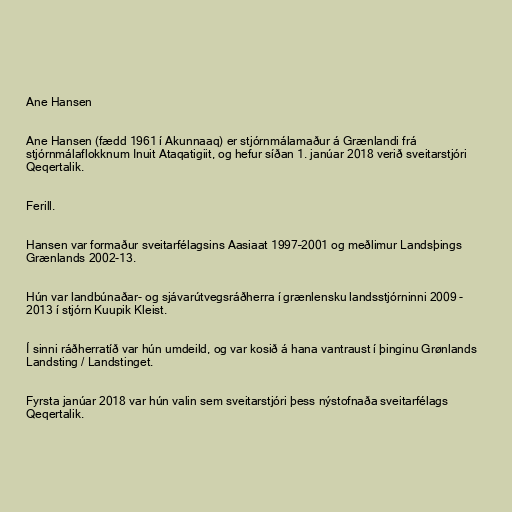
Ane Hansen

Ane Hansen (fædd 1961 í Akunnaaq) er stjórnmálamaður á Grænlandi frá
stjórnmálaflokknum Inuit Ataqatigiit, og hefur síðan 1. janúar 2018 verið sveitarstjóri
Qeqertalik.

Ferill.

Hansen var formaður sveitarfélagsins Aasiaat 1997–2001 og meðlimur Landsþings
Grænlands 2002-13.

Hún var landbúnaðar- og sjávarútvegsráðherra í grænlensku landsstjórninni 2009 -
2013 í stjórn Kuupik Kleist.

Í sinni ráðherratíð var hún umdeild, og var kosið á hana vantraust í þinginu Grønlands
Landsting / Landstinget.

Fyrsta janúar 2018 var hún valin sem sveitarstjóri þess nýstofnaða sveitarfélags
Qeqertalik.